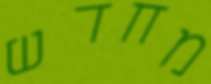
מחדש